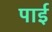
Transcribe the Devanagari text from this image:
पार्इ